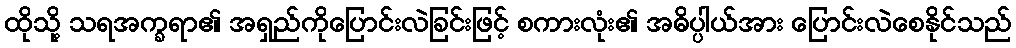
ထိုသို့ သရအက္ခရာ၏ အရှည်ကိုပြောင်းလဲခြင်းဖြင့် စကားလုံး၏ အဓိပ္ပါယ်အား ပြောင်းလဲစေနိုင်သည်